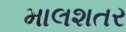
માલશતર